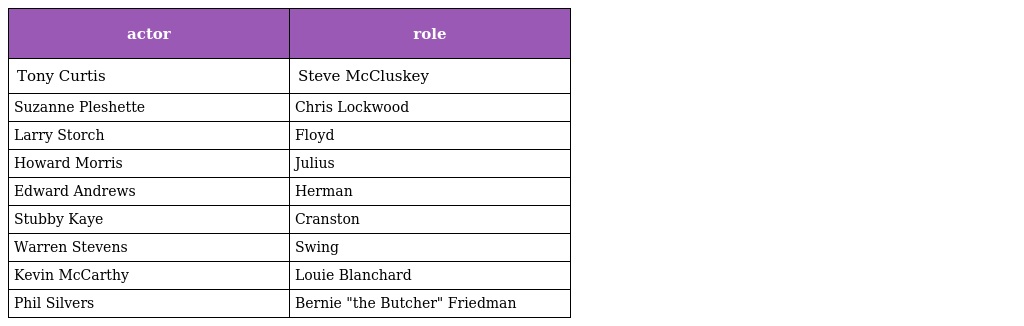
| actor | role |
 | --- | --- |
 | Tony Curtis | Steve McCluskey |
 | Suzanne Pleshette | Chris Lockwood |
 | Larry Storch | Floyd |
 | Howard Morris | Julius |
 | Edward Andrews | Herman |
 | Stubby Kaye | Cranston |
 | Warren Stevens | Swing |
 | Kevin McCarthy | Louie Blanchard |
 | Phil Silvers | Bernie "the Butcher" Friedman |